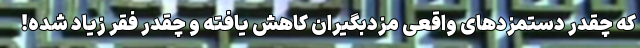
که چقدر دستمزدهای واقعی مزدبگیران کاهش یافته و چقدر فقر زیاد شده!